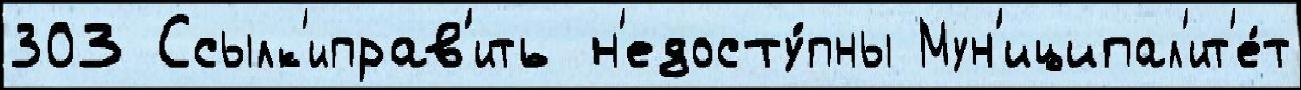
303 Ссылк'иправ'ить н'едосту́пны Мун'иципал'ит'е́т